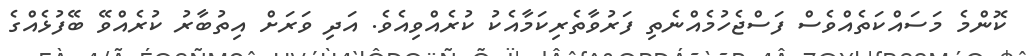
ކޮންމެ މަސައްކަތެއްވެސް ފަސްޖެހުމެއްނެތި ފަރުވާތެރިކަމާއެކު ކުރެއްވިއެވެ. އަދި ވަރަށް އިތުބާރު ކުރެއްވޭ ބޭފުޅެއްގެ